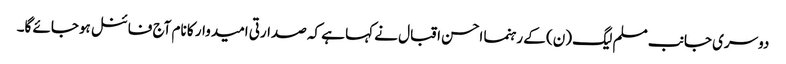
دوسری جانب مسلم لیگ (ن) کے رہنما احسن اقبال نے کہا ہے کہ صدارتی امیدوار کا نام آج فائنل ہوجائے گا۔